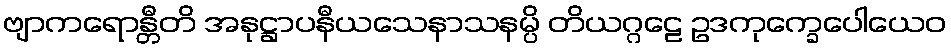
ဗျာကရောန္တီတိ အနုဋ္ဌာပနီယသေနာသနမ္ပိ တိယဂ္ဂဠေ ဥဒကုက္ခေပေါယေဝ